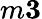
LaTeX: m\le 3